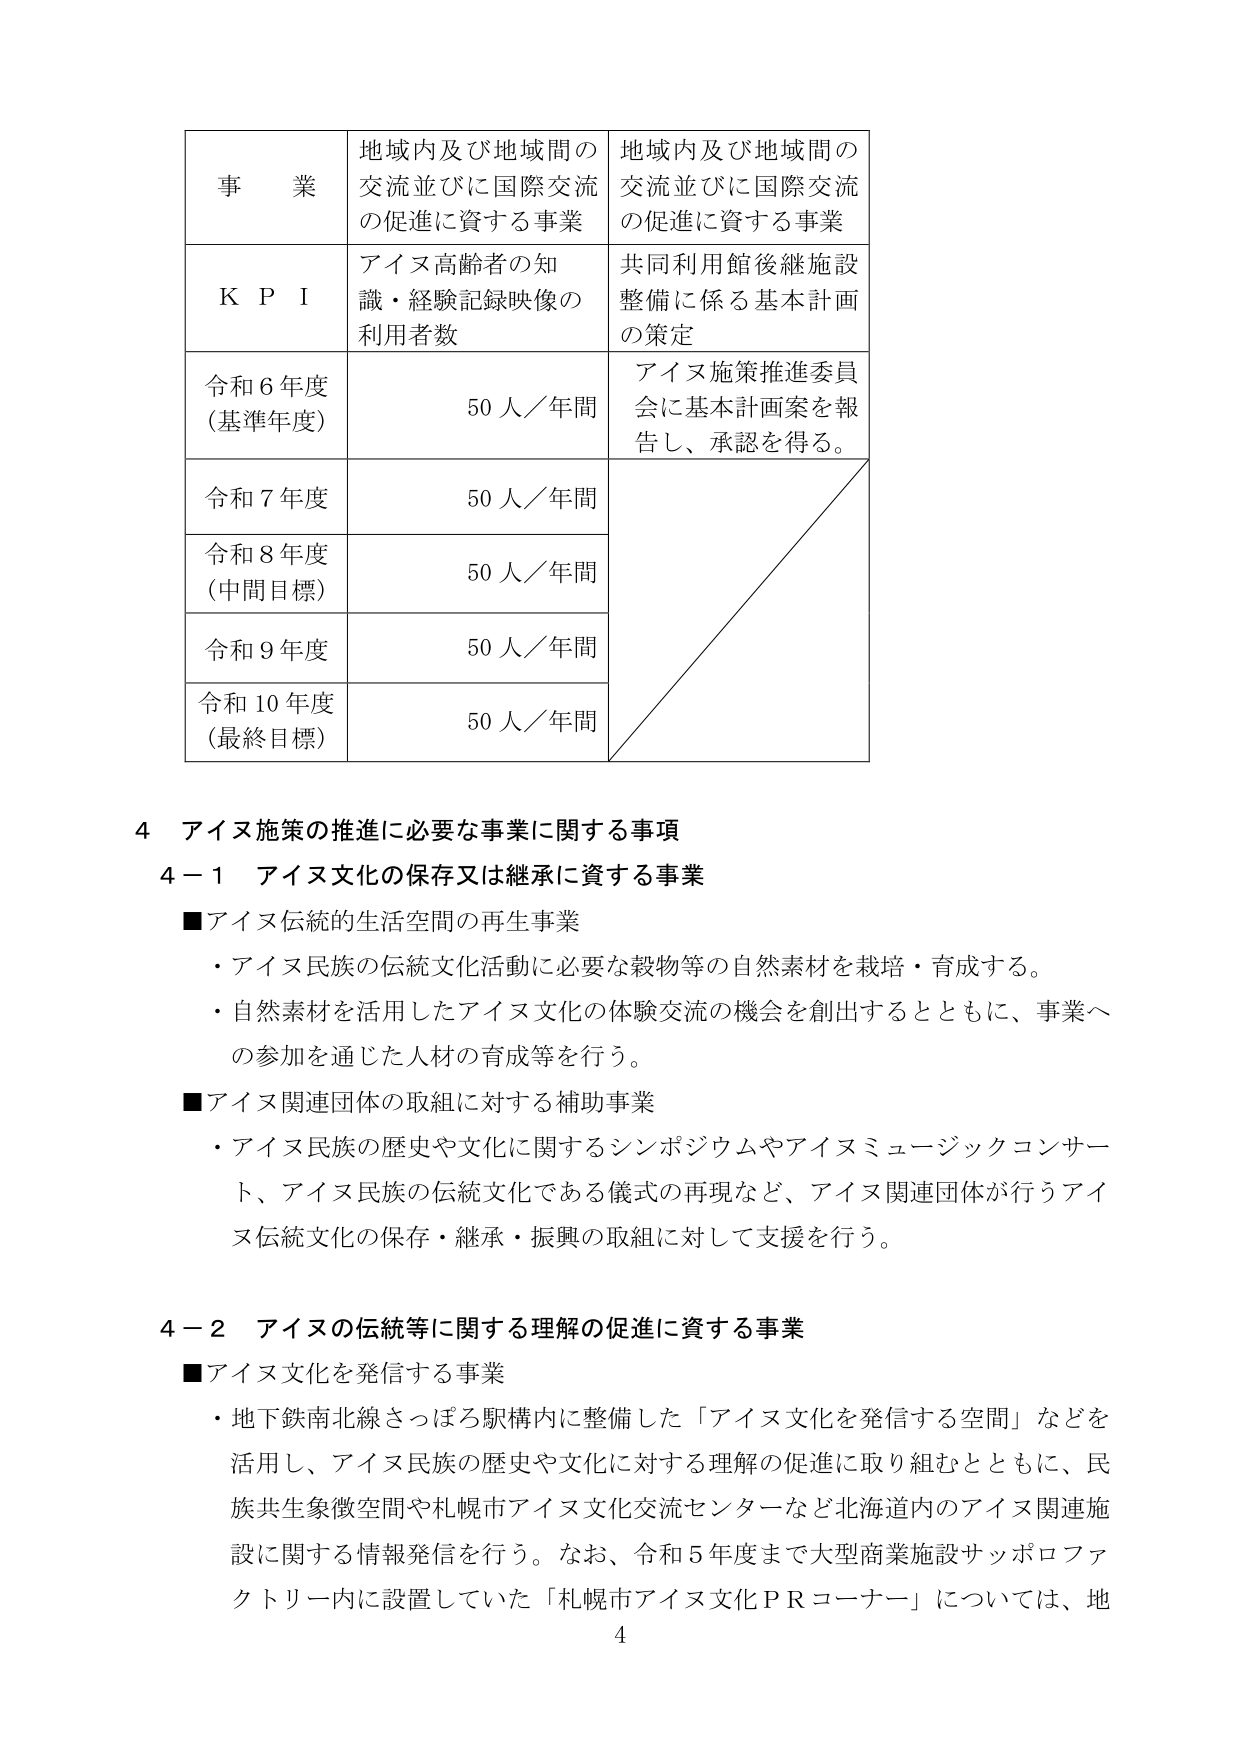
事 業 地域内及び地域間の交流並びに国際交流の促進に資する事業 地域内及び地域間の交流並びに国際交流の促進に資する事業 K P I アイヌ高齢者の知識・経験記録映像の利用者数 共同利用館後継施設整備に係る基本計画の策定 令和6年度（基準年度） 50人／年間 アイヌ施策推進委員会に基本計画案を報告し、承認を得る。 令和7年度 50人／年間 令和8年度（中間目標） 50人／年間 令和9年度 50人／年間 令和10年度（最終目標） 50人／年間 4 アイヌ施策の推進に必要な事業に関する事項 4－1 アイヌ文化の保存又は継承に資する事業 ■アイヌ伝統的生活空間の再生事業 ・アイヌ民族の伝統文化活動に必要な穀物等の自然素材を栽培・育成する。 ・自然素材を活用したアイヌ文化の体験交流の機会を創出するとともに、事業への参加を通じた人材の育成等を行う。 ■アイヌ関連団体の取組に対する補助事業 ・アイヌ民族の歴史や文化に関するシンポジウムやアイヌミュージックコンサート、アイヌ民族の伝統文化である儀式の再現など、アイヌ関連団体が行うアイヌ伝統文化の保存・継承・振興の取組に対して支援を行う。 4－2 アイヌの伝統等に関する理解の促進に資する事業 ■アイヌ文化を発信する事業 ・地下鉄南北線さっぽろ駅構内に整備した「アイヌ文化を発信する空間」などを活用し、アイヌ民族の歴史や文化に対する理解の促進に取り組むとともに、民族共生象徴空間や札幌市アイヌ文化交流センターなど北海道内のアイヌ関連施設に関する情報発信を行う。なお、令和5年度まで大型商業施設サッポロファクトリー内に設置していた「札幌市アイヌ文化PRコーナー」については、地 4